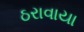
ઠરાવાયા